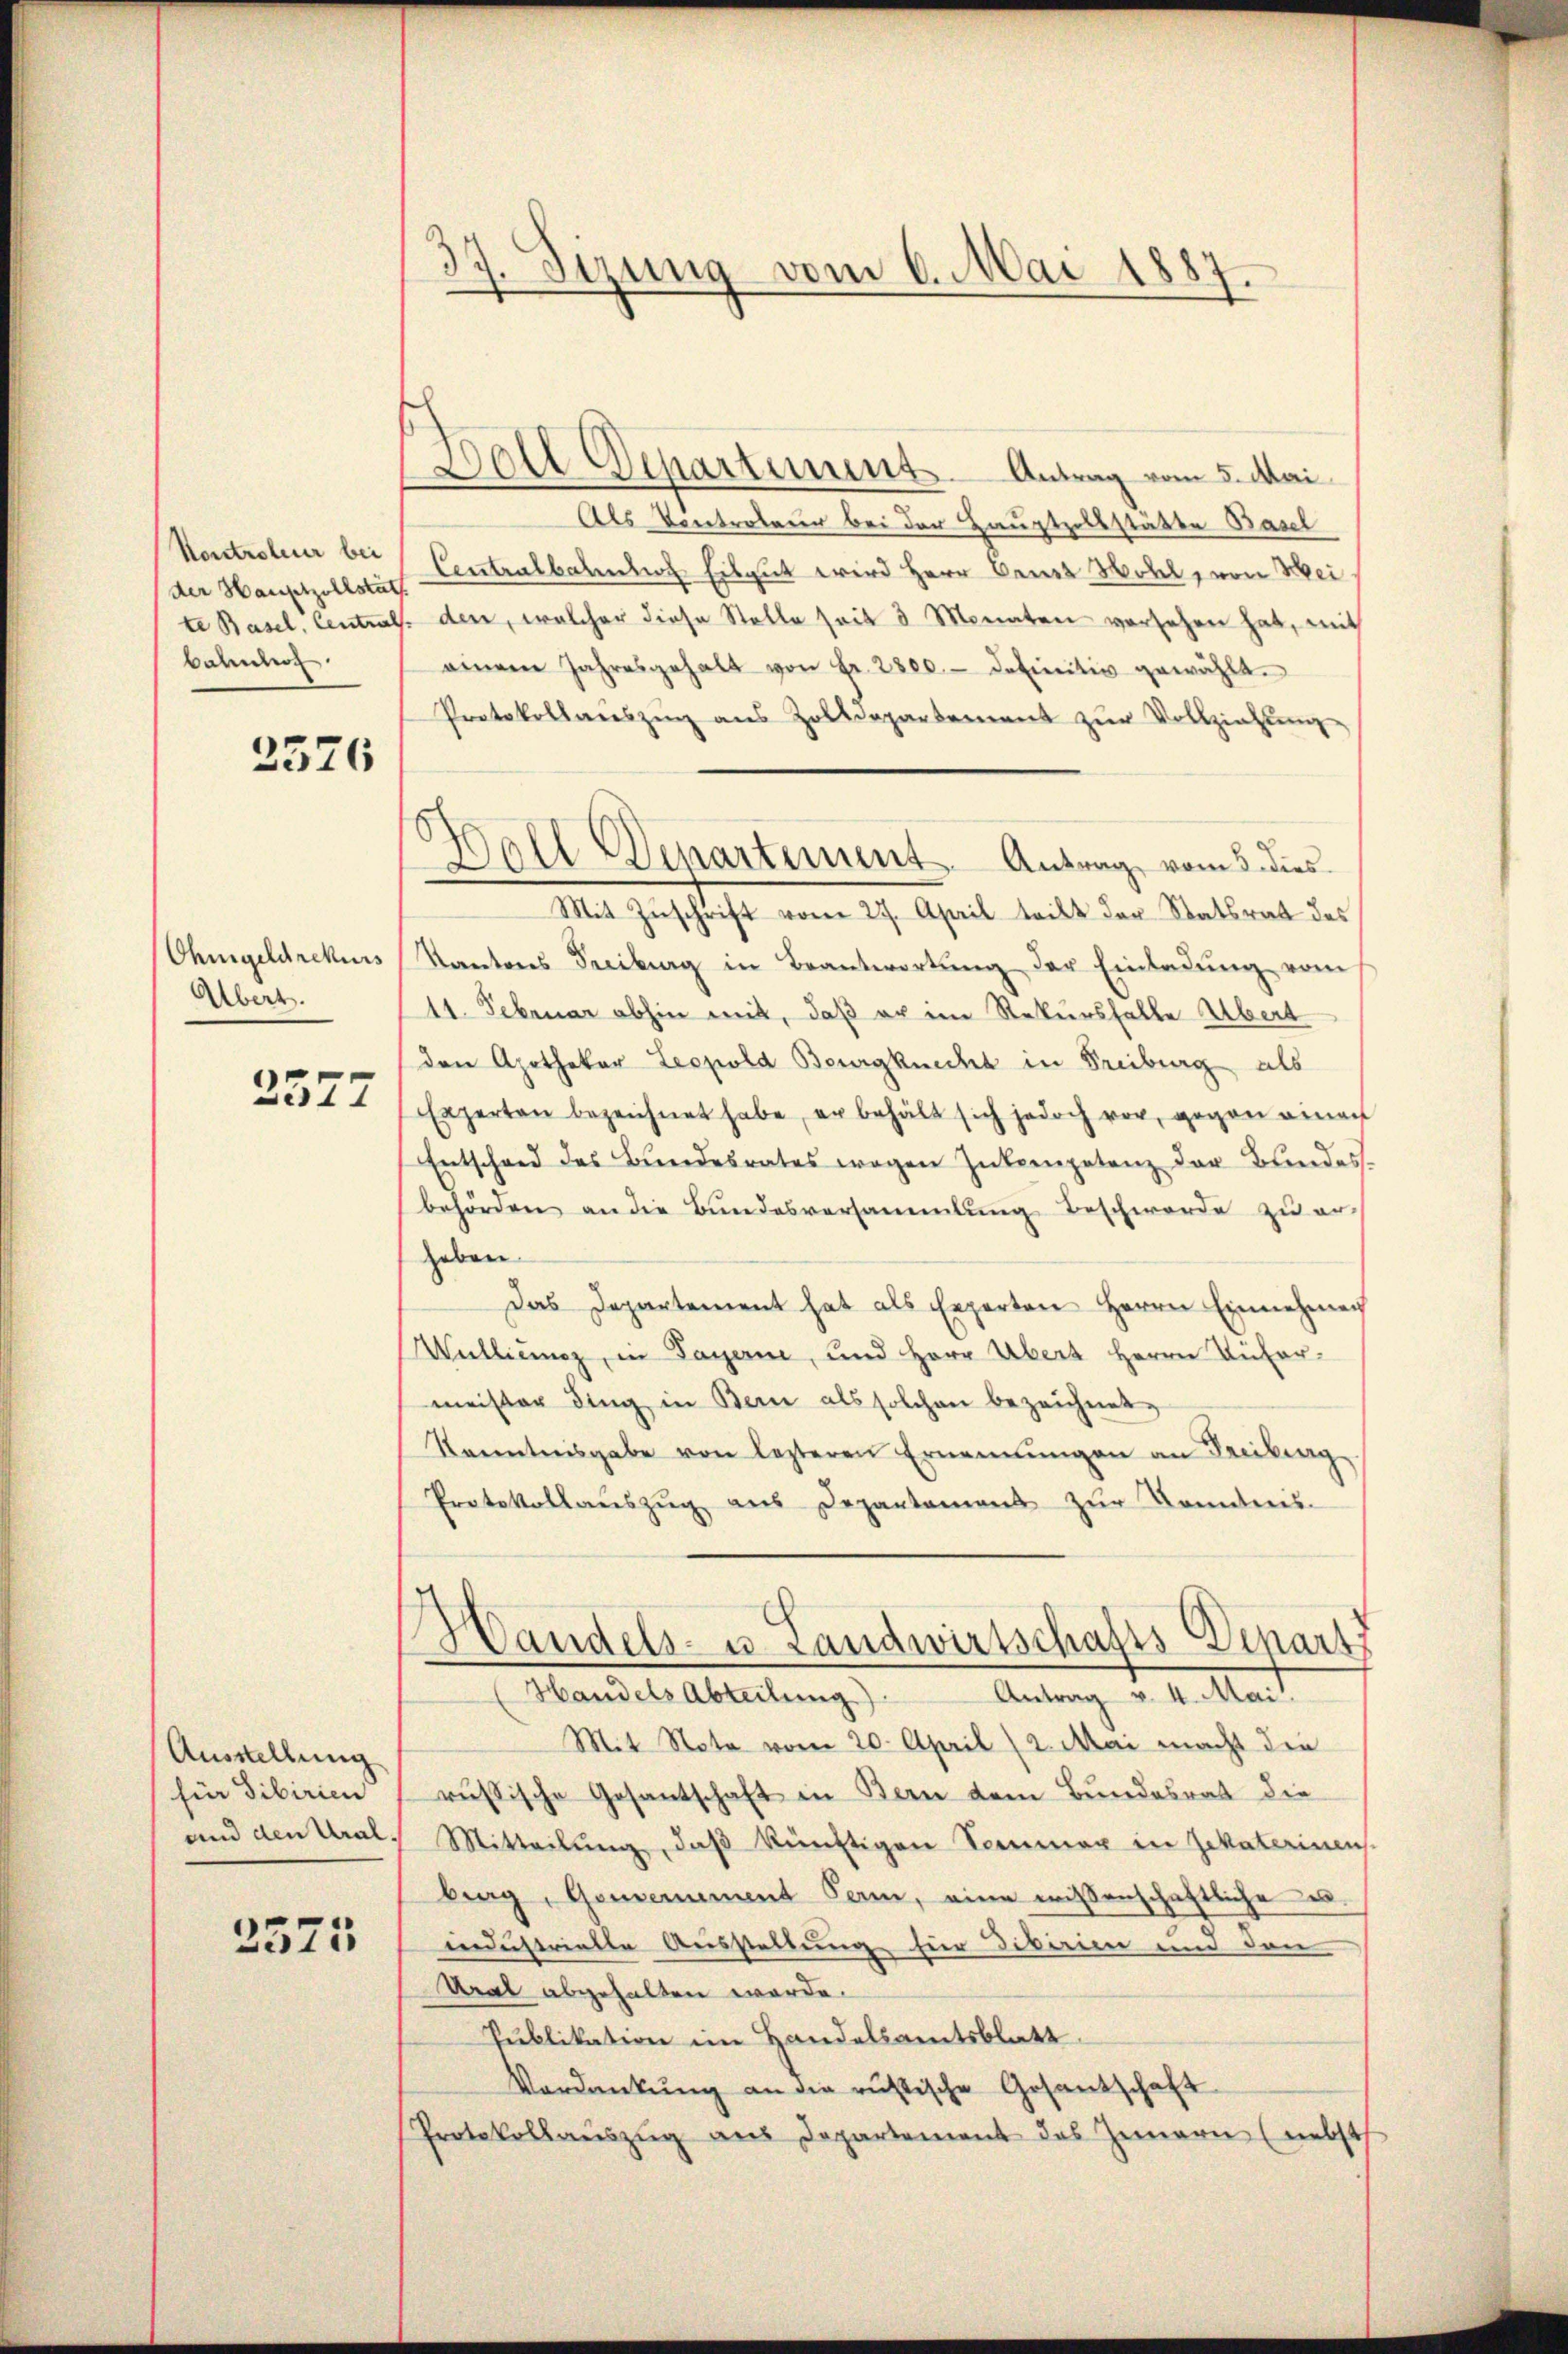
Kontroleur bei
bahnhof.

2376

Ohmgeldrekurs
Überz

2577

Ausstellung
für Sibirien
und den Ural.

2575

37. Sizung vom 6. Mai 1887.

Ball Departement. Antrag vom 5. Mai
Als Kontroleur bei der Hauptzollstätte Basel
der Hauptzollstät Centralbahnhof Eilgut wird Herr Cent Wohl, von Weite Basel, Central. den, welcher diese Stelle seit 3 Monaten versehen hat, mit
einem Jahresgehalt von Fr. 2800.- definitiv gewählt.
Protokollaŭszŭg ans Zolldepartement zŭr Vollziehŭng
Mit Zuschrift vom 27. April teilt der Statsrat des
Kantons Freiburg in Beantwortung der Einladung vom
11. Februar abhin mit, daß er im Rekurshalte Übert
den Apotheker Leopold Beurgknecht in Freiburg als
Exzerten bezeichnet habe, er behält sich jedoch vor, gegen einen
Entscheid des Bundesrates wegen Zukompetenz der Bundes-
behörden an die Bundesversammlung beschwerde zu erheben
Das Departement hat als Experten Herrn Einnehmen
Mullienz, in Payerne, und Herr Übert Herrn Untermeister ding in Bern als solchen bezeichnet,
Kenntnisgabe von lezteren Ernennungen an Freibung
Protokollaŭszŭg aŭs Departament zŭr Kenntnis-
Handels- u. Landwirtschafts-Depart
Handels Abteilung)
Antrag v. 4. Mai.
Mit Note vom 20. April (2. Mai macht die
russische Gesantschaft in Bern dem Bundesrat die
Mitteilŭng, daβ künftigen Sommer in Gekaterinens.
berg, Gouvernement Form, eine wissenschaftliche u.
industrielle Ausstellung für Dibirien um den
Kral abgehalten werde.
Publikation im Handelsamtsblatt.
Verdankŭng an die rustische Gesantschaft
Protokollauszug aus Departement des Zimern (nebst

Boll Departement. Antrag vom 5. dies